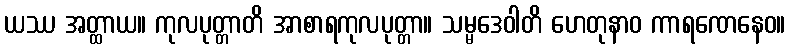
ယဿ အတ္ထာယ။ ကုလပုတ္တာတိ အာစာရကုလပုတ္တာ။ သမ္မဒေဝါတိ ဟေတုနာဝ ကာရဏေနေဝ။